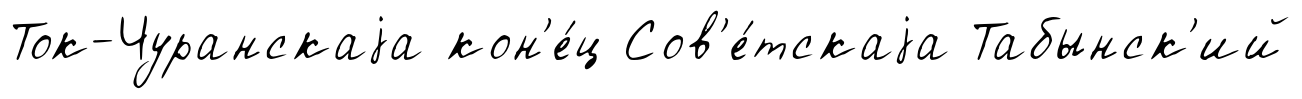
Ток-Чуранскаjа кон'е́ц Сов'е́тскаjа Табынск'ий